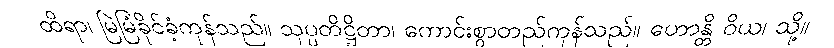
ထိရာ၊ မြဲမြံခိုင်ခံ့ကုန်သည်။ သုပ္ပတိဋ္ဌိတာ၊ ကောင်းစွာတည်ကုန်သည်။ ဟောန္တိ ဝိယ၊ သို့။